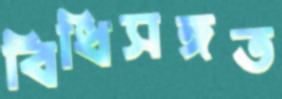
বিধিসঙ্গত